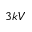
3 k V